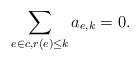
LaTeX: \begin{align*}\sum_{e\in c, r(e)\leq k} a_{e,k}=0.\end{align*}